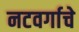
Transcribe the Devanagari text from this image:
नटवर्गाचे